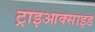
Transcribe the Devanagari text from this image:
ट्राइआक्साइड